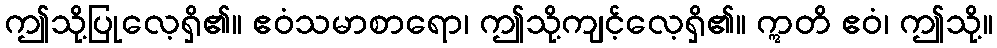
ဤသို့ပြုလေ့ရှိ၏။ ဧဝံသမာစာရော၊ ဤသို့ကျင့်လေ့ရှိ၏။ ဣတိ ဧဝံ၊ ဤသို့။